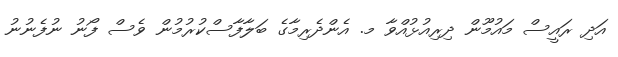
އަދި ރައީސް މައުމޫން ދިރިއުޅުއްވާ މ. އެންދެރިމާގެ ބަލާފާސްކުރުމުން ވެސް ފޯނު ނުފެނުނު